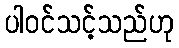
ပါဝင်သင့်သည်ဟု